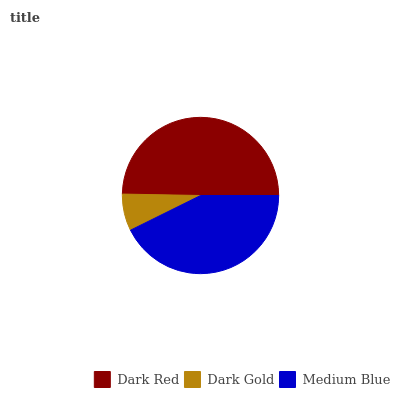
| Dark Red | Dark Gold | Medium Blue |
 | --- | --- | --- |
 | 49.7% | 7.61% | 42.7% |